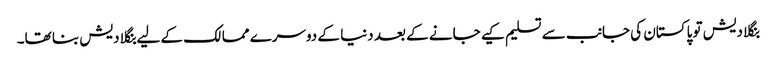
بنگلا دیش تو پاکستان کی جانب سے تسلیم کیے جانے کے بعد دنیا کے دوسرے ممالک کے لیے بنگلا دیش بنا تھا۔